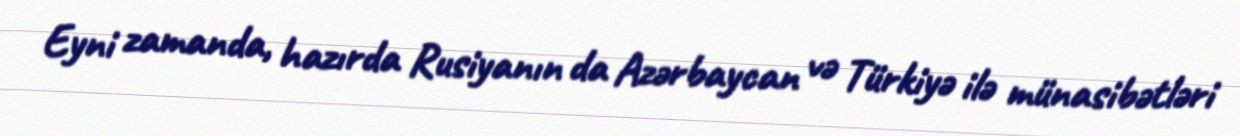
Eyni zamanda, hazırda Rusiyanın da Azərbaycan və Türkiyə ilə münasibətləri